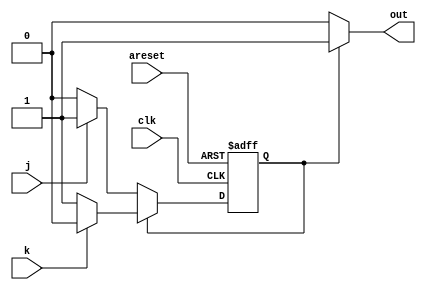
//This is a Moore state machine with two states, two inputs, and one output. Implement this state machine.

//This exercise is the same as fsm2s, but using asynchronous reset

//Hint...
//Yes, there are ways to do this other than writing an FSM. But that wasn't the point of this exercise.
//Hint...
//This is a JK flip-flop.

module top_module(
    input clk,
    input areset,    // Asynchronous reset to OFF
    input j,
    input k,
    output out); //  

    parameter OFF=0, ON=1; 
    reg state, next_state;

    always @(*) begin
        // State transition logic
        if (state == OFF) begin
            next_state = (j == 1) ? ON : OFF;
        end
        else begin
            next_state = (k == 1) ? OFF : ON;
        end
    end

    always @(posedge clk, posedge areset) begin
        // State flip-flops with asynchronous reset
        if (areset) begin
            state <= OFF;
        end
        else begin
            state <= next_state;
        end
    end

    // Output logic
    assign out = (state == ON) ? 1 : 0;

endmodule